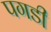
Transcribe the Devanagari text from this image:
पगडी़